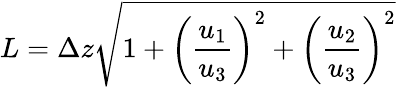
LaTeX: L=\Delta z\sqrt{1+\left(\frac{u_{1}}{u_{3}}\right)^{2}+\left(\frac{u_{2}}{u_{3}}\right)^{2}}